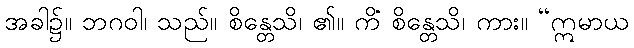
အခါ၌။ ဘဂဝါ၊ သည်။ စိန္တေသိ၊ ၏။ ကိံ စိန္တေသိ၊ ကား။ “ဣမာယ